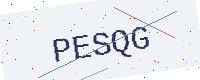
Text: PESQG